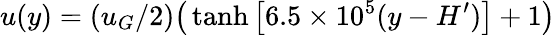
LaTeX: u(y)=(u_{G}/2)\big(\operatorname{tanh}{\big[6.5\times 10^{5}(y-H^{\prime})\big]}+1\big)